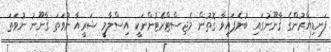
ފަނޑިޔާރުންގެ ޤާނޫނުގައި ބުނެފައިވާ ގޮތުން މެޖިސްޓްރޭޓުންނަކީ އިސްލާމީ ޝަރީއާ ނުވަތަ ޤާނޫނު ނުވަތަ